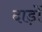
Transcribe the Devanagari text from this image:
दाड़ों